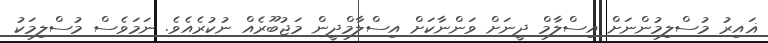
ޣައިރު މުސްލިމުންނަށް އިސްލާމް ދީނަށް ވަންނާކަށް އިސްލާމްދީން މަޖުބޫރެއް ނުކުރެއެވެ. ނަމަވެސް މުސްލިމަކު